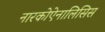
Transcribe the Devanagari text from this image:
नारकोऐनालिसिस